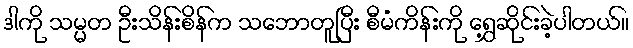
ဒါကို သမ္မတ ဦးသိန်းစိန်က သဘောတူပြီး စီမံကိန်းကို ရွှေ့ဆိုင်းခဲ့ပါတယ်။